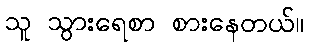
သူ သွားရေစာ စားနေတယ်။